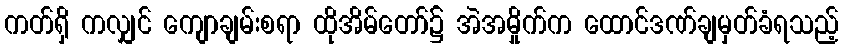
ကတ်ရှိ ကလျှင် ကျောချမ်းစရာ ထိုအိမ်တော်၌ အဲအမှိုက်က ထောင်ဒဏ်ချမှတ်ခံရသည့်